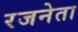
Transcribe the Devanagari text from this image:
रजनेता